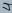
Text: 4